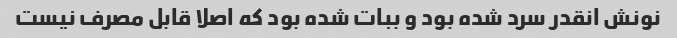
نونش انقدر سرد شده بود و ببات شده بود که اصلا قابل مصرف نیست